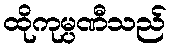
ထိုကုမ္ပဏီသည်